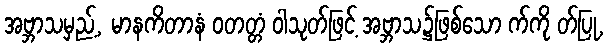
အဗ္ဘာသမှည့်, မာနကိတာနံ ဝတတ္တံ ဝါသုတ်ဖြင့် အဗ္ဘာသ၌ဖြစ်သော က်ကို တ်ပြု,